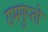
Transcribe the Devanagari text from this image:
रामगुप्तो